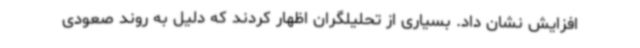
افزایش نشان داد. بسیاری از تحلیلگران اظهار کردند که دلیل به روند صعودی